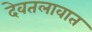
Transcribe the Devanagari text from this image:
देवतलावात